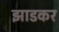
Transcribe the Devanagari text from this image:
झाडकर